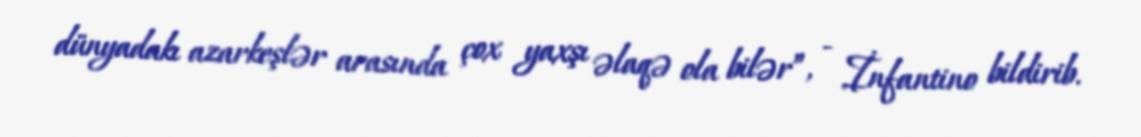
dünyadakı azarkeşlər arasında çox yaxşı əlaqə ola bilər”, - İnfantino bildirib.